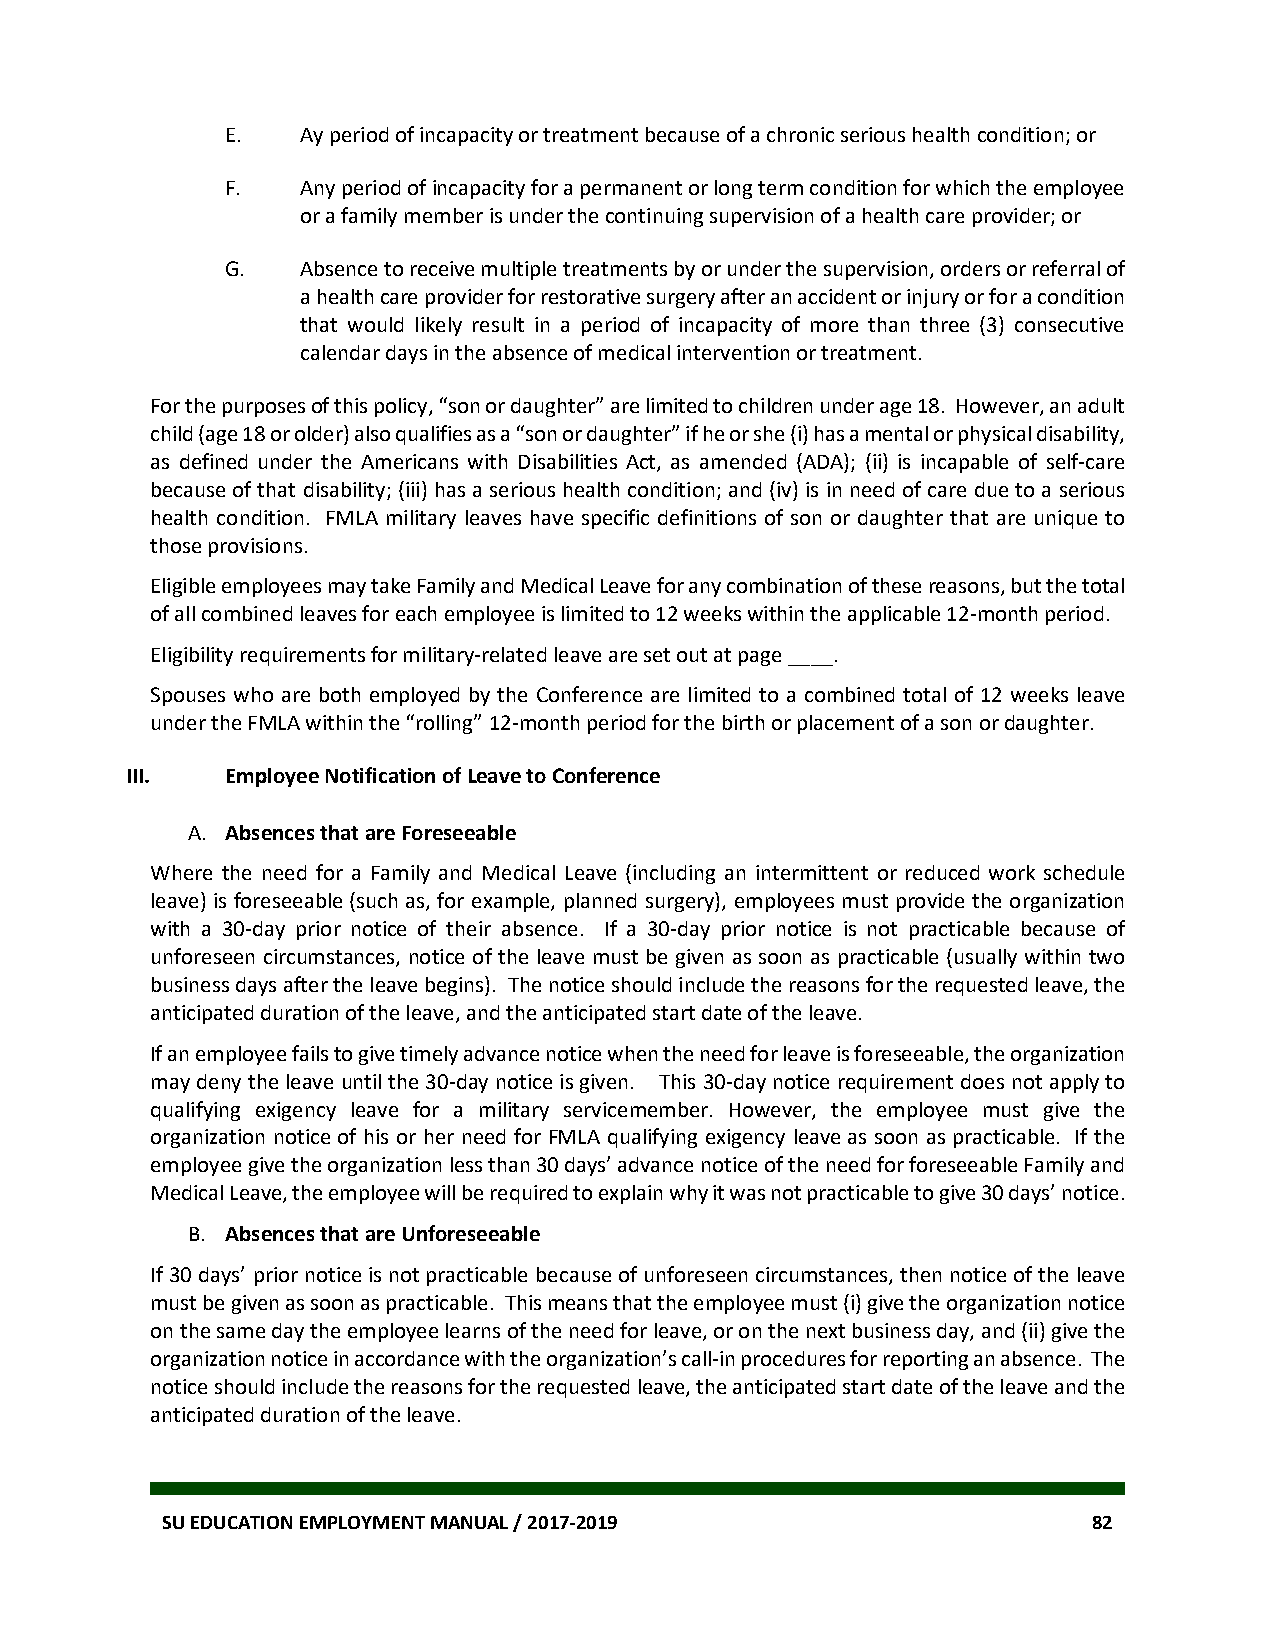
E.   Ay period of incapacity or treatment because of a chronic serious health condition; or
 F.   Any period of incapacity for a permanent or long term condition for which the employee
 or a family member is under the continuing supervision of a health care provider; or
 G.   Absence to receive multiple treatments by or under the supervision, orders or referral of
 a health care provider for restorative surgery after an accident or injury or for a condition
 that would likely result in a period of incapacity of more than three (3) consecutive
 calendar days in the absence of medical intervention or treatment.
 For the purposes of this policy, “son or daughter” are limited to children under age 18. However, an adult
 child (age 18 or older) also qualifies as a “son or daughter” if he or she (i) has a mental or physical disability,
 as defined under the Americans with Disabilities Act, as amended (ADA); (ii) is incapable of self-care
 because of that disability; (iii) has a serious health condition; and (iv) is in need of care due to a serious
 health condition. FMLA military leaves have specific definitions of son or daughter that are unique to
 those provisions.
 Eligible employees may take Family and Medical Leave for any combination of these reasons, but the total
 of all combined leaves for each employee is limited to 12 weeks within the applicable 12-month period.
 Eligibility requirements for military-related leave are set out at page ____.
 Spouses who are both employed by the Conference are limited to a combined total of 12 weeks leave
 under the FMLA within the “rolling” 12-month period for the birth or placement of a son or daughter.
 III.   Employee Notification of Leave to Conference
 A. Absences that are Foreseeable
 Where the need for a Family and Medical Leave (including an intermittent or reduced work schedule
 leave) is foreseeable (such as, for example, planned surgery), employees must provide the organization
 with a 30-day prior notice of their absence. If a 30-day prior notice is not practicable because of
 unforeseen circumstances, notice of the leave must be given as soon as practicable (usually within two
 business days after the leave begins). The notice should include the reasons for the requested leave, the
 anticipated duration of the leave, and the anticipated start date of the leave.
 If an employee fails to give timely advance notice when the need for leave is foreseeable, the organization
 may deny the leave until the 30-day notice is given. This 30-day notice requirement does not apply to
 qualifying exigency leave for a military servicemember. However, the employee must give the
 organization notice of his or her need for FMLA qualifying exigency leave as soon as practicable. If the
 employee give the organization less than 30 days’ advance notice of the need for foreseeable Family and
 Medical Leave, the employee will be required to explain why it was not practicable to give 30 days’ notice.
 B. Absences that are Unforeseeable
 If 30 days’ prior notice is not practicable because of unforeseen circumstances, then notice of the leave
 must be given as soon as practicable. This means that the employee must (i) give the organization notice
 on the same day the employee learns of the need for leave, or on the next business day, and (ii) give the
 organization notice in accordance with the organization’s call-in procedures for reporting an absence. The
 notice should include the reasons for the requested leave, the anticipated start date of the leave and the
 anticipated duration of the leave.
 SU EDUCATION EMPLOYMENT MANUAL / 2017-2019                   82